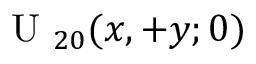
\mathrm { ~ U ~ } _ { 2 0 } ( x , + y ; 0 )